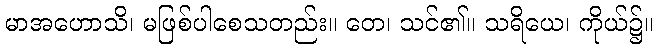
မာအဟောသိ၊ မဖြစ်ပါစေသတည်း။ တေ၊ သင်၏။ သရိယေ၊ ကိုယ်၌။